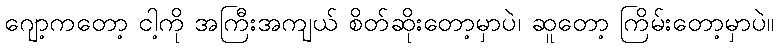
ဂျော့ကတော့ ငါ့ကို အကြီးအကျယ် စိတ်ဆိုးတော့မှာပဲ၊ ဆူတော့ ကြိမ်းတော့မှာပဲ။